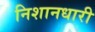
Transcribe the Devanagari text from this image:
निशानधारी